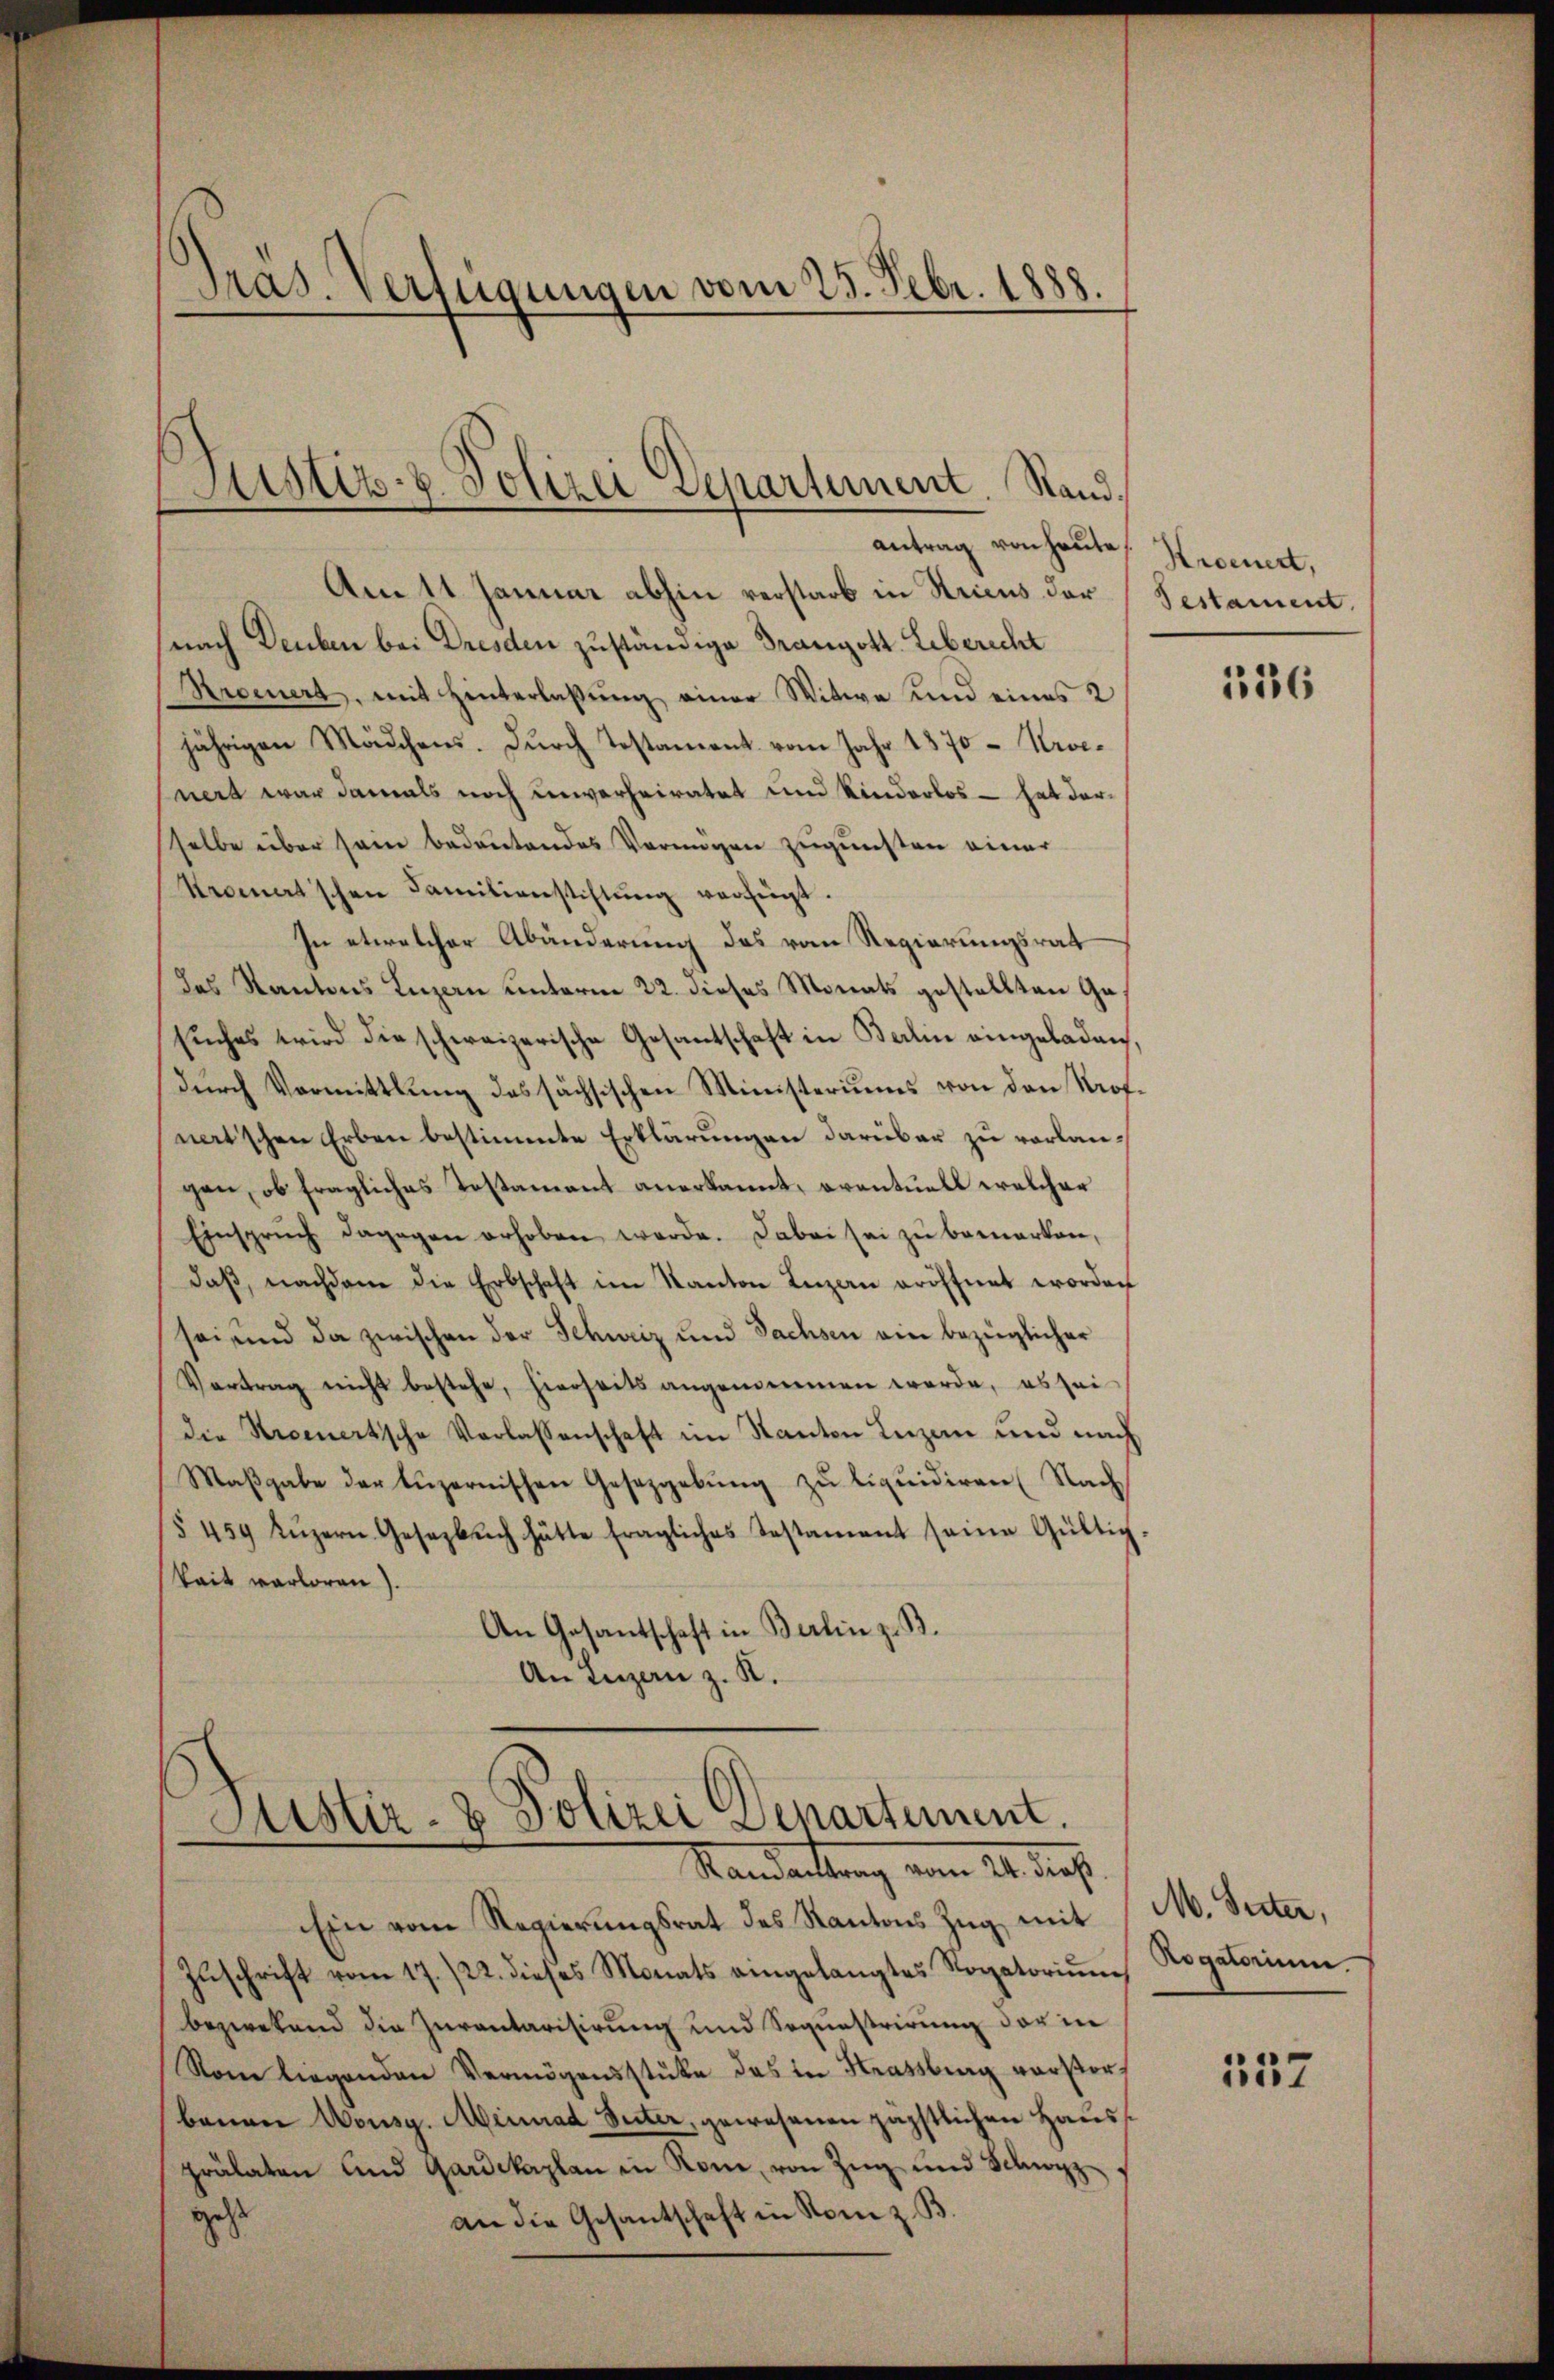
Präs. Verfügungen vom 25. Febr. 1888.

Astiz- & Polizei Departement. Rand.
antrag von heute Kroeuert,

Am 11. Januar abhin verstarb in Kricus der Bestament.
nach Deuben bei Dresden zuständige Franzott. Lebericht
Kroeuert, mit Hinterlassŭng einer Witwe und eines 2
jährigen Mädchens. Durch Testament vom Jahr 1870 - Urvenert war damals noch unverheiratet und Kinderlos – hat derselbe über sein bedeutendes Vermögen zugunsten einer
Stromatischen Familienstiftung verfügt.
In etwelcher Abänderung des vom Regierungsrat
das Kantons Luzern unterm 22. dieses Monats gestellten Gesŭches wird die schweizerische Gesantschaft in Berlin eingeladen,
durch Vormittlung des sächsischen Ministeriums von den Prof.
natischen Erben bestimmte Erklärungen darüber zu verlangen, ob fragliches Testament anerkannt, eventuell welcher
Einsprŭch dagegen erhoben werde. Dabei sei zŭ bemerken,
daβ, nachdem die Erbschaft im Kanton Luzern eröffnet worden
sei und da zwischen der Schweiz und Sachsen ein bezüglicher
Vertrag nicht bestehe, hierseits angemeinen werde, es sei
die Procertische Verlassenschaft im Kanton Luzen und nach
Maßgabe der Luzernischen Gesetzgebung zu liquidiren (Nach
§ 459 Lŭzern Gesezbŭch hätte fragliches Testament seine Gültig-
kait verloren).
An Gesantschaft in Berlin z. B.
An Luzern z. R.

Justiz- & Polizei Departement.
Mandattung vom 24. dass
Ein vom Regierungsrat des Kantons Zug mit

Zŭschrift vom 17./22. dieses Monats angelangtes Rogatoriŭm
bezwekend die Inventarisirung und Sequestrirung der in
Nom liegenden Vermögensstüke das in Strassburg verstorbauen Wousg. Meinrad Suter, gewesenen päpstlichen Haus.
prälaten und Gardekaplan in Rom, von Zug und Schwyz
gest
an die Gesantschaft in Rom z. B.

126

M. Suter,
Rogatorium.

137